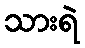
သားရဲ